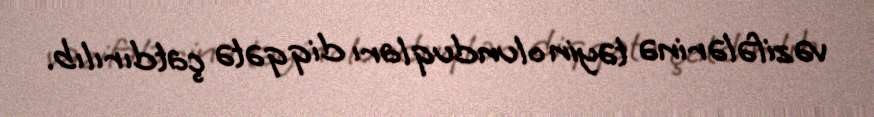
vəzifələrinə təyin olunduqları diqqətə çatdırılıb.